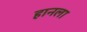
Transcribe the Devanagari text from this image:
हानला